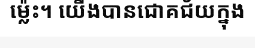
ម្ល៉េះ។ យើងបានជោគជ័យក្នុង